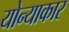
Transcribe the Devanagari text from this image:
योन्याकार